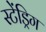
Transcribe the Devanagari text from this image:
स्टेंड्रिग